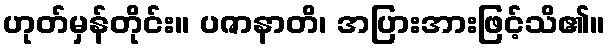
ဟုတ်မှန်တိုင်း။ ပဇာနာတိ၊ အပြားအားဖြင့်သိ၏။